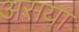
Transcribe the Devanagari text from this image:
असया